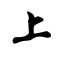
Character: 上